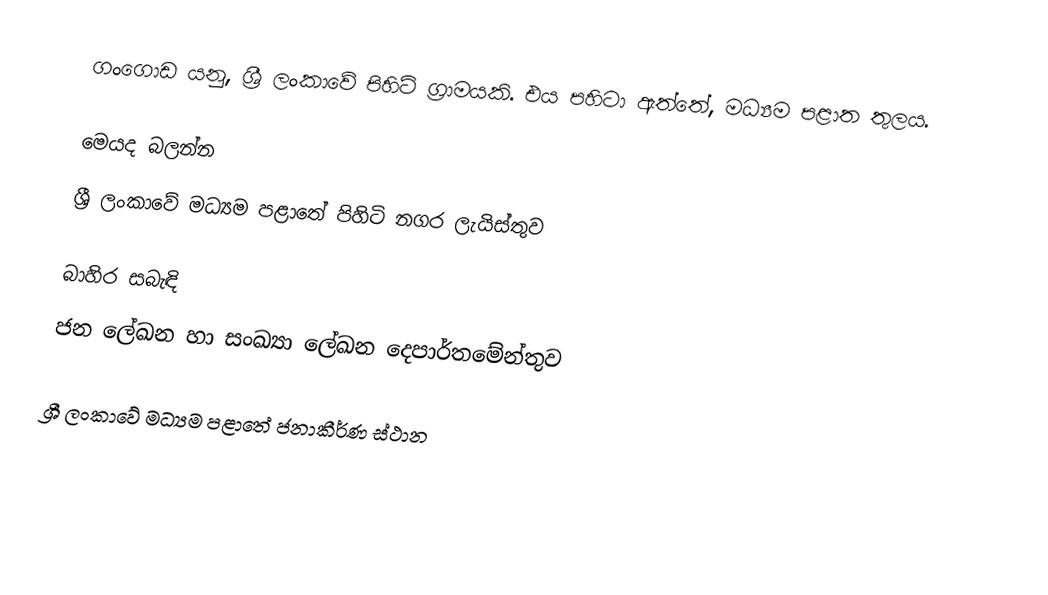
ගංගොඩ යනු, ශ්‍රී ලංකාවේ පිහිටි ග්‍රාමයකි. එය පහිටා ඇත්තේ, මධ්‍යම පළාත තුලය.

මෙයද බලන්න
ශ්‍රී ලංකාවේ මධ්‍යම පළාතේ පිහිටි නගර ලැයිස්තුව

බාහිර සබැඳි
ජන ලේඛන හා සංඛ්‍යා ලේඛන දෙපාර්තමේන්තුව

ශ්‍රී ලංකාවේ මධ්‍යම පළාතේ ජනාකීර්ණ ස්ථාන